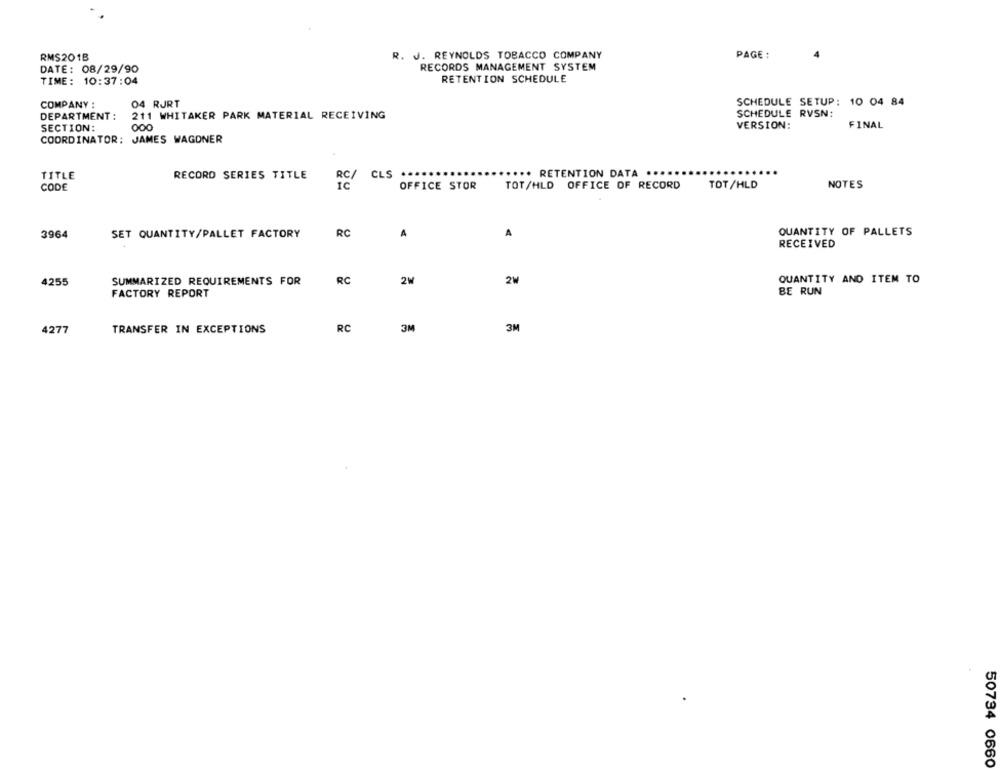
R. J. REYNOLDS TOBACCO COMPANY
PAGE :
RMS201B
DATE: 08/29/90
RECORDS MANAGEMENT SYSTEM
RETENTION SCHEDULE
TIME: 10:37:04
SCHEDULE SETUP: 10 04 84
COMPANY :
04 RURT
DEPARTMENT :
211 WHITAKER PARK MATERIAL RECEIVING
SCHEDULE RVSN:
VERSION:
FINAL
SECTION:
000
COORDINATOR: JAMES WAGONER
TITLE
RECORD SERIES TITLE
... RETENTION DATA ...
RC/ CLS
TOT/HLD OFFICE OF RECORD
TOT/HLD
NOTES
CODE
OFFICE STOR
QUANTITY OF PALLETS
3964
SET QUANTITY/PALLET FACTORY
RC
A
A
RECEIVED
QUANTITY AND ITEM TO
4255
SUMMARIZED REQUIREMENTS FOR
RC
2M
2₩
FACTORY REPORT
BE RUN
4277
TRANSFER IN EXCEPTIONS
RC
3M
3M
50734 0660